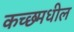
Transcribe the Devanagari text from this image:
कच्छ्मधील